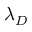
\lambda _ { D }